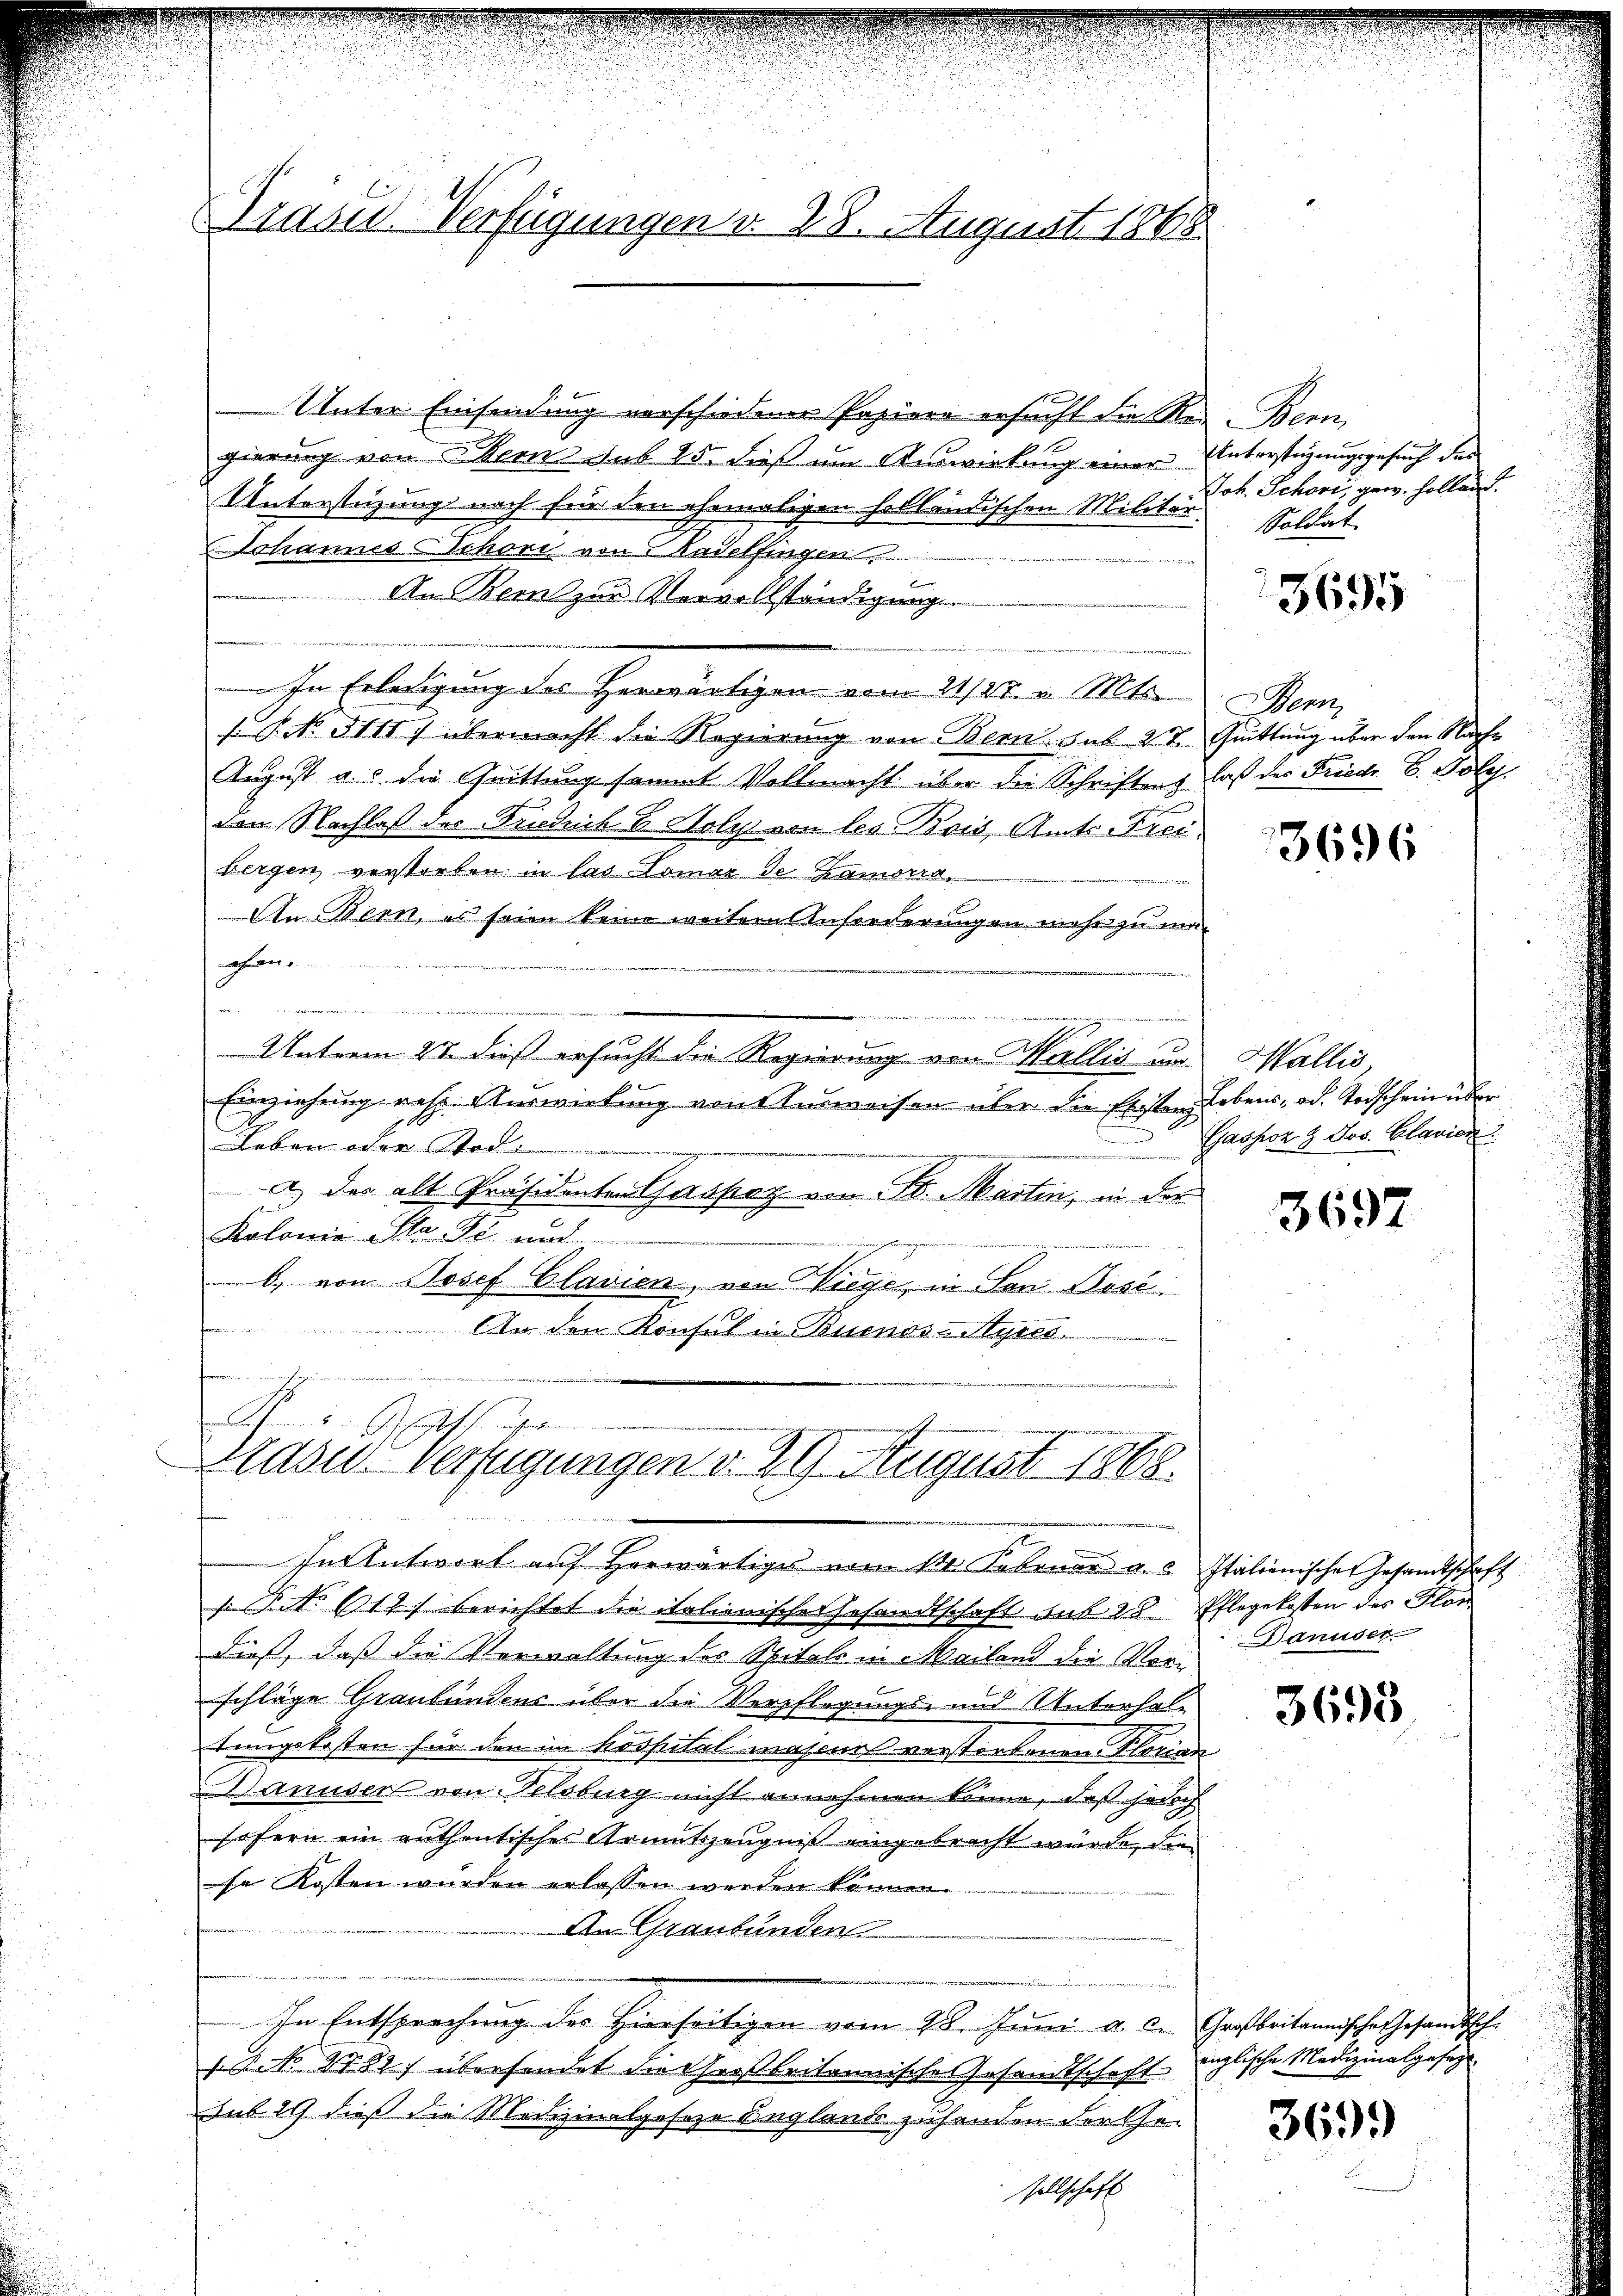
Trasu Verfügungen v. 28. August 1868.

Unter Einsendung vorschiedener Papiere ersucht die Regierung von Weins sub 25. dieß am Auswirkung einer Unterstüzungsgesuch des
Unterstüzung nach für den ehemaligen holländischen Militär
Johannes Schöne von 5 Kadelfingen,
An Bern zur Vervollständigung
In Erledigung des Herwärtigen vom 21/27. v. Mts.
f. P. No. 3111) übermacht die Regierung von Bern sub 27. Quittung über den Nach¬
August u. s. die Quittung sammt Vollmacht über die Schrifteng
den Nachlaß des Budduil & Holz von les Bois Amts-Freibergen verstorben in las Tomar de Chamorra
An Bern, es seien keine weitere Anforderungen mehr zu manahmen

Unterm 22. dieß ersucht die Regierung von Wallis und Wallis,
Einziehung resp. Auswietung von Ausweisen über die Existen Lebens- od. Todschein über
Leben oder Stad
F
a) des alt Präsidenten Gaspoz von St. Martin, in der
Kolonia Sta Fr. und
a hier
6. von Josef Clavien, von Wiege, in Son Dosé
An den Konsul in Buenos-Ayres.
n
kn

Präsid Verfügungen v. 29. August 1868.
In Antwort auf Horwärtiges vom 14. Februar u. a. Italienischen Gesandtschaft

Von
Joh. Schori, ganz Holland.
Soldat

K.No. 612) berichtet die italienische Gesandtschaft sub 28. Pflegekosten des Blon
dieß, daß die Verwaltung der Spitals in Mailand die Vorschläge Graubündens über die Verpflegungs- und Unterhaltungskosten für den im hospital majenes verstorbenen Florias
anuser von Felsburg nicht annehmen könne, daß hoch
sofern ein enthentischer Armutszeugniß eingebracht würde, die
se Kosten wurden erlassen werden können.

An Graubünden
In Entsprechung des Hierseitigen vom 28. Juni a. d. Großbritannische Gesandtsch¬
Nck 2788. übersendet die Cessbritannische Gesandtschaft
sub 29 dieß die Medizinalgeseze Beglands zuhanden der Gesellschaft

3695

Penn
laß des Friedr. B. Poly

3696

Gashoz & Jos. Clavien

3697

Danuser

3698

englische Medizinalgesezt

369.